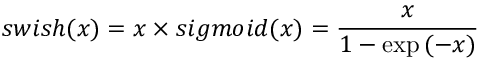
s w i s h ( x ) = x \times s i g m o i d ( x ) = \frac { x } { 1 - \exp { ( - x ) } }